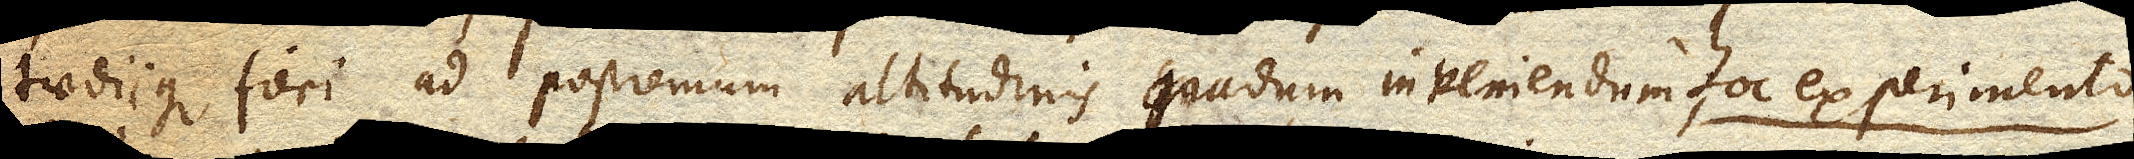
taediique fieri ad postremum altitudinis gradum inveniendum hoc experimento,